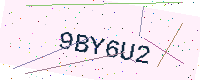
Text: 9BY6U2